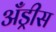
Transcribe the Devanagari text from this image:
अँड्रीस